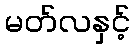
မတ်လနှင့်